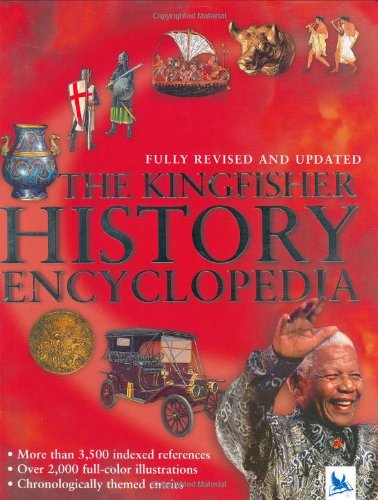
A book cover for The Kingfisher History Encyclopedia (Kingfisher Encyclopedias); Reference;